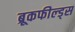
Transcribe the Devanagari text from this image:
ब्रूकफील्ड्स